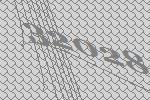
32028